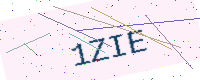
Text: 1ZIE